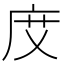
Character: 𢈒